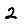
Digit: 2